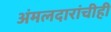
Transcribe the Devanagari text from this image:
अंमलदारांचीही